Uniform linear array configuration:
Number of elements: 12
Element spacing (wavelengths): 0.25
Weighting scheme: blackman
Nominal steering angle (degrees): -15
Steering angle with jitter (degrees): -16.044
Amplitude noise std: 0.05
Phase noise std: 0.05

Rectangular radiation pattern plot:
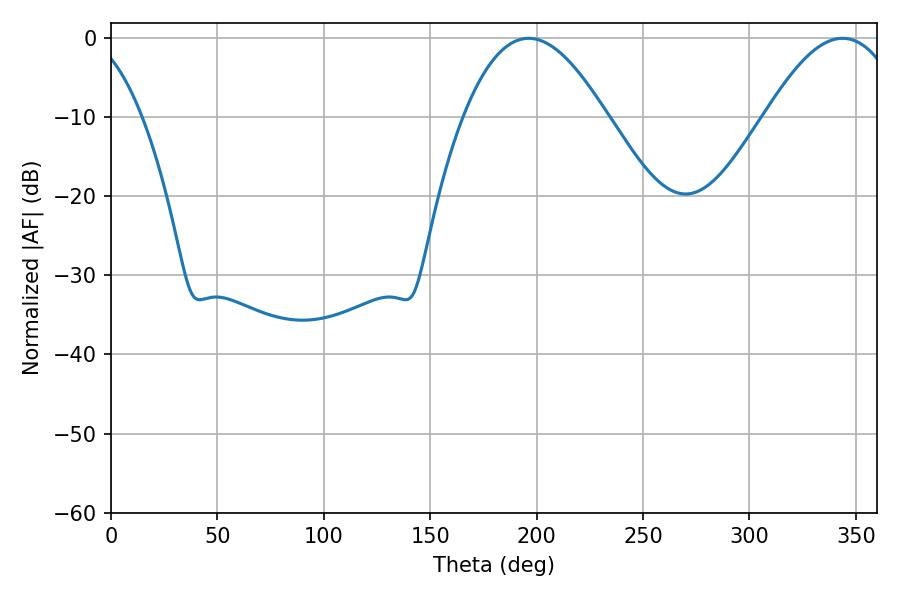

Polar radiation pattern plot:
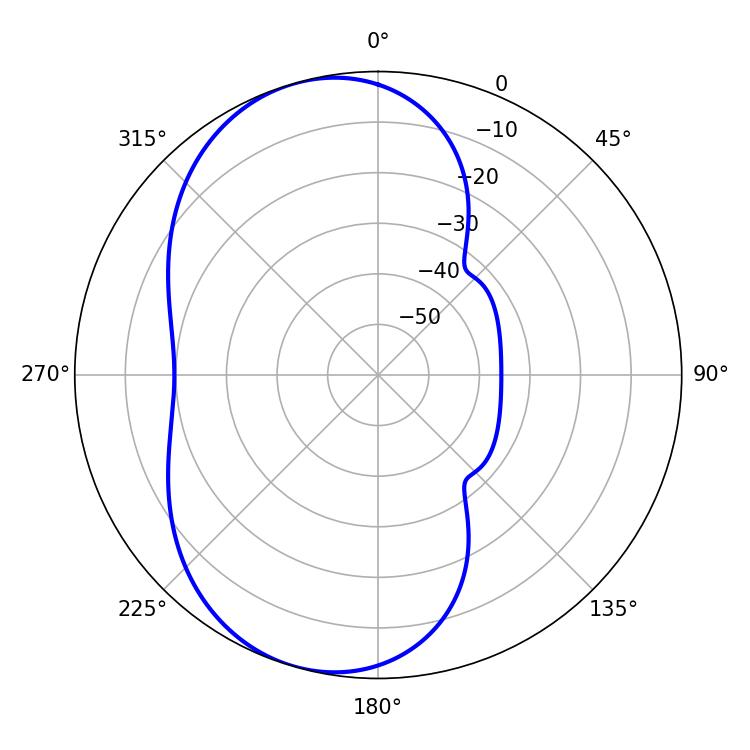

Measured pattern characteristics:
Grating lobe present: FALSE
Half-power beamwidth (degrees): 36.54
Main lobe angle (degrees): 196.2